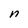
Character: n